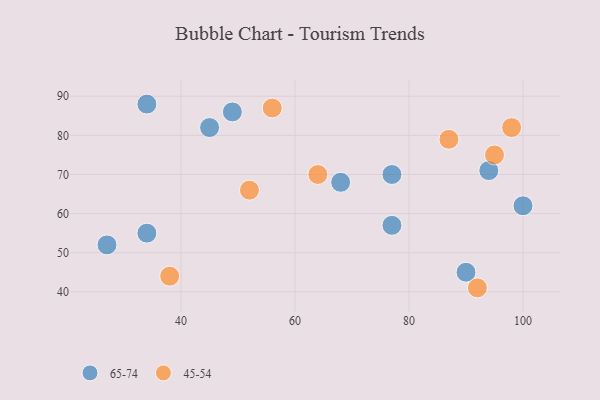
{"axis": {"x": "GDP", "y": "Life Expectancy"}, "legend": ["45-54", "65-74"], "data": [{"x": "77", "y": 57, "type": "65-74"}, {"x": "49", "y": 86, "type": "65-74"}, {"x": "90", "y": 45, "type": "65-74"}, {"x": "27", "y": 52, "type": "65-74"}, {"x": "100", "y": 62, "type": "65-74"}, {"x": "68", "y": 68, "type": "65-74"}, {"x": "94", "y": 71, "type": "65-74"}, {"x": "45", "y": 82, "type": "65-74"}, {"x": "77", "y": 70, "type": "65-74"}, {"x": "34", "y": 55, "type": "65-74"}, {"x": "34", "y": 88, "type": "65-74"}, {"x": "92", "y": 41, "type": "45-54"}, {"x": "52", "y": 66, "type": "45-54"}, {"x": "98", "y": 82, "type": "45-54"}, {"x": "38", "y": 44, "type": "45-54"}, {"x": "56", "y": 87, "type": "45-54"}, {"x": "95", "y": 75, "type": "45-54"}, {"x": "64", "y": 70, "type": "45-54"}, {"x": "87", "y": 79, "type": "45-54"}]}